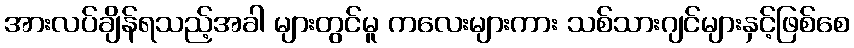
အားလပ်ချိန်ရသည့်အခါ များတွင်မူ ကလေးများကား သစ်သားဂျင်များနှင့်ဖြစ်စေ